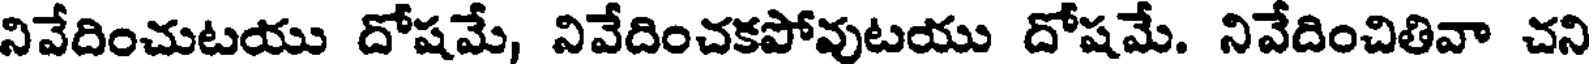
నివేదించుటయు దోషమే, వివేదించకపోవుటయు దోషమే. నివేదించితివా చని